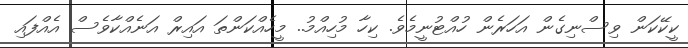
ކީކޭކަން ވިސްނިގެން އަހަރެން ހުއްޓުނީމެވެ. ކިހާ މުހިއްމު.. މީހެއްކަންތަ އައިރް އަނެއްކާވެސް އެއްފައި